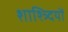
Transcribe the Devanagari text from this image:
शाश्त्र्दियों